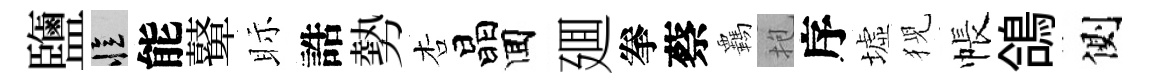
鹽忆能鼙眎誥勢杏晶囬廽拳蔡覊抱序墟猊帳鴿側